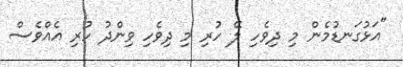
"އަޅުގަނޑުމެން މި ދިވެހި ލޭ ހުރި މި ދިވެހި ވިންދު ހުރި އެއްވެސް